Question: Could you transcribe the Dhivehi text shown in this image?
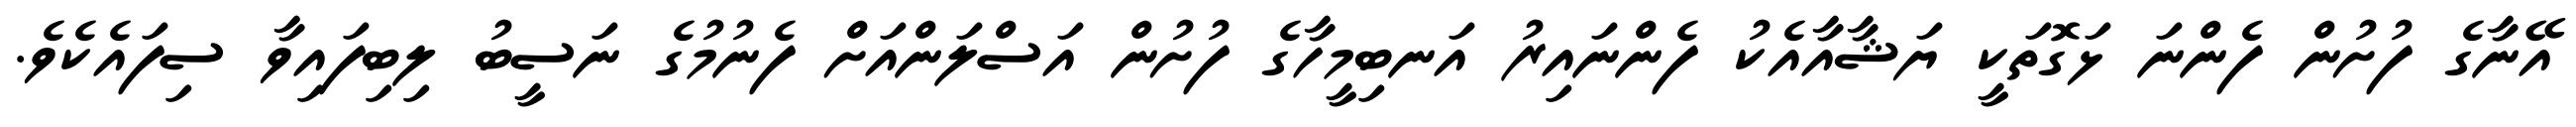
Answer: އޭނާގެ ފުށުން ފެންނަ ޅަގޮތަކީ ޔަޝާއާއެކު ފެންނައިރު އަނބިމީހާގެ ފުށުން އަސްލަންއަށް ފެނުމުގެ ނަސީބު ލިބިފައިވާ ސިފައެކެވެ.